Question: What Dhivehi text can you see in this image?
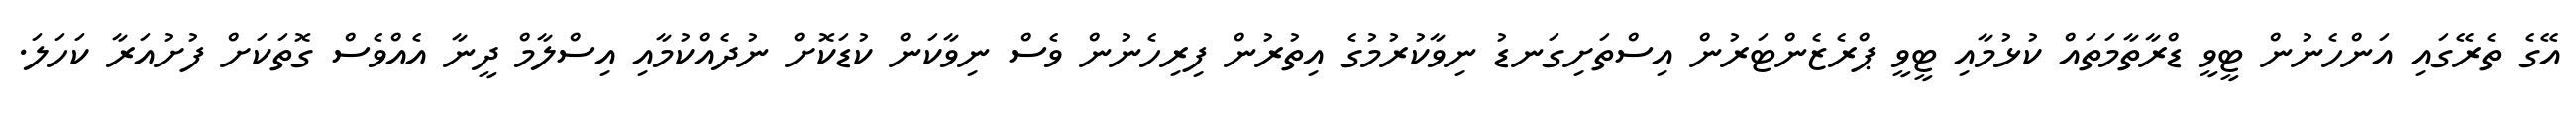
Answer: އޭގެ ތެރޭގައި އަންހެނުން ޓީވީ ޑްރާތާމަތައް ކުޅުމާއި ޓީވީ ޕްރެޒެންޓަރުން އިސްތަށިގަނޑު ނިވާކުރުމުގެ އިތުރުން ފިރިހެނުން ވެސް ނިވާކަން ކުޑަކޮށް ނުދެއްކުމާއި އިސްލާމް ދީނާ އެއްވެސް ގޮތަކަށް ފުށުއަރާ ކަހަލަ.